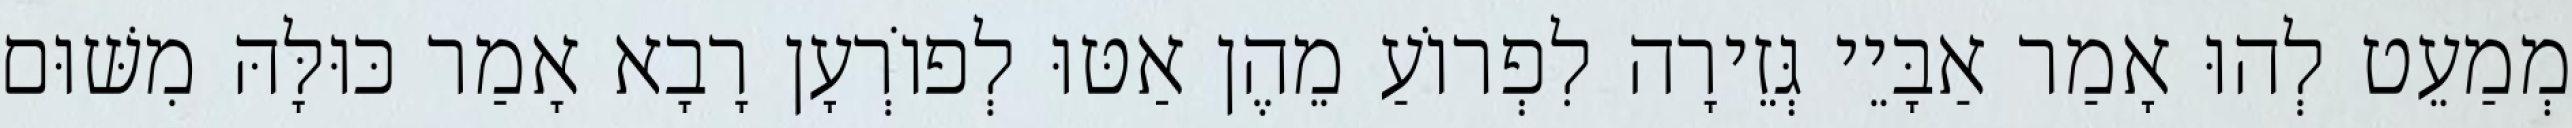
מְמַעֵט לְהוּ אָמַר אַבָּיֵי גְּזֵירָה לִפְרוֹעַ מֵהֶן אַטּוּ לְפוֹרְעָן רָבָא אָמַר כּוּלָּהּ מִשּׁוּם